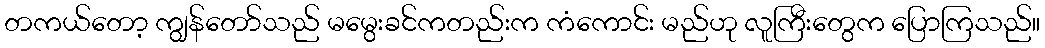
တကယ်တော့ ကျွန်တော်သည် မမွေးခင်ကတည်းက ကံကောင်း မည်ဟု လူကြီးတွေက ပြောကြသည်။